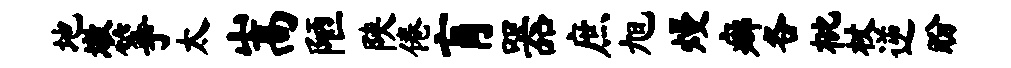
地墩筝太嵩陋陕倦肓器庶旭熳癖各枇杖逆盼